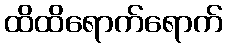
ထိထိရောက်ရောက်